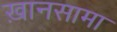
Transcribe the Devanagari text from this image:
ख़ानसामा